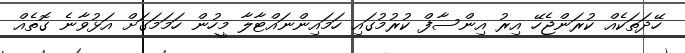
ހޭދަތަކެއް ކުރަންޖެހޭ އިރު އިންސާފް ކުރުމުގައި ހަމައިންނައްޓާލާ މީހުން ހަމަމަގަށް އަޅުވާނެ ގޮތެއް